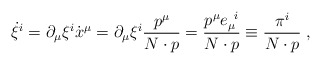
\begin{align*}\dot \xi^i = \partial_\mu \xi^i \dot x^\mu = \partial_\mu \xi^i \frac{p^\mu}{N \cdot p} = \frac{p^\mu e_\mu^{\;\; i}}{N \cdot p} \equiv \frac{\pi^i}{N \cdot p} \; ,\end{align*}